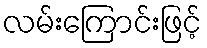
လမ်းကြောင်းဖြင့်